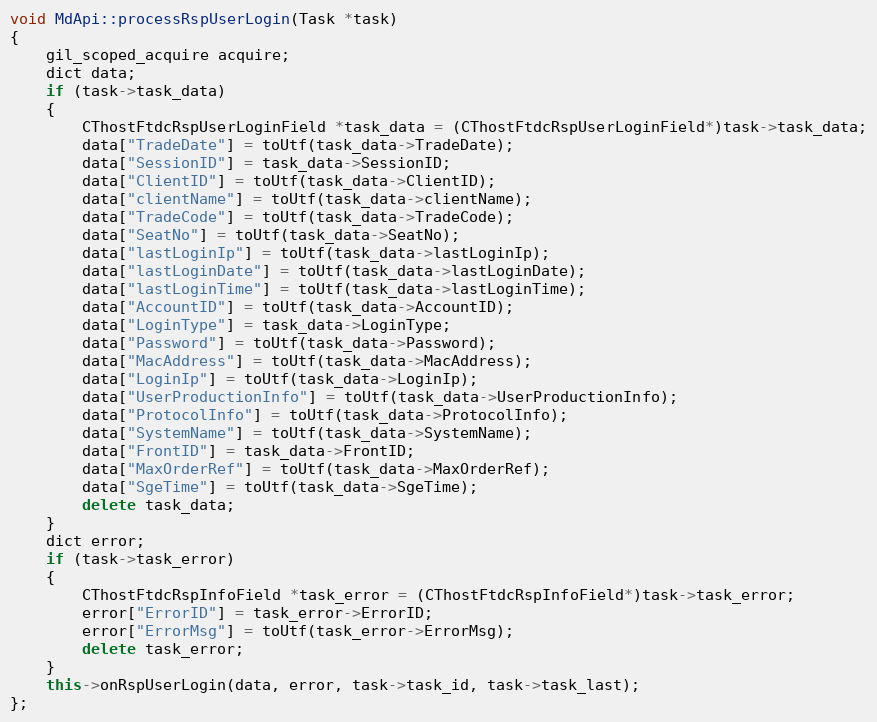
Language: C++
void MdApi::processRspUserLogin(Task *task)
{
	gil_scoped_acquire acquire;
	dict data;
	if (task->task_data)
	{
		CThostFtdcRspUserLoginField *task_data = (CThostFtdcRspUserLoginField*)task->task_data;
		data["TradeDate"] = toUtf(task_data->TradeDate);
		data["SessionID"] = task_data->SessionID;
		data["ClientID"] = toUtf(task_data->ClientID);
		data["clientName"] = toUtf(task_data->clientName);
		data["TradeCode"] = toUtf(task_data->TradeCode);
		data["SeatNo"] = toUtf(task_data->SeatNo);
		data["lastLoginIp"] = toUtf(task_data->lastLoginIp);
		data["lastLoginDate"] = toUtf(task_data->lastLoginDate);
		data["lastLoginTime"] = toUtf(task_data->lastLoginTime);
		data["AccountID"] = toUtf(task_data->AccountID);
		data["LoginType"] = task_data->LoginType;
		data["Password"] = toUtf(task_data->Password);
		data["MacAddress"] = toUtf(task_data->MacAddress);
		data["LoginIp"] = toUtf(task_data->LoginIp);
		data["UserProductionInfo"] = toUtf(task_data->UserProductionInfo);
		data["ProtocolInfo"] = toUtf(task_data->ProtocolInfo);
		data["SystemName"] = toUtf(task_data->SystemName);
		data["FrontID"] = task_data->FrontID;
		data["MaxOrderRef"] = toUtf(task_data->MaxOrderRef);
		data["SgeTime"] = toUtf(task_data->SgeTime);
		delete task_data;
	}
	dict error;
	if (task->task_error)
	{
		CThostFtdcRspInfoField *task_error = (CThostFtdcRspInfoField*)task->task_error;
		error["ErrorID"] = task_error->ErrorID;
		error["ErrorMsg"] = toUtf(task_error->ErrorMsg);
		delete task_error;
	}
	this->onRspUserLogin(data, error, task->task_id, task->task_last);
};